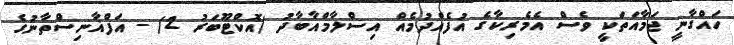
ހައްގާނީ ޖަމާއަތަކީ ވެސް އެމެރިކާގެ އުފެއްދުމެއް އިސްލާމްއާބާދު (އޮކްޓޫބަރު 2) - އަފްޣާނިސްތާނުގެ